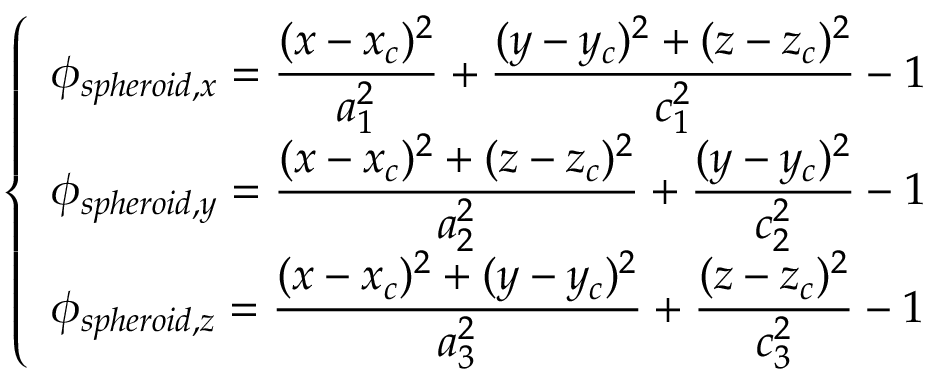
\left\{ \begin{array} { l l } { \displaystyle { \phi _ { s p h e r o i d , x } = \frac { ( x - x _ { c } ) ^ { 2 } } { a _ { 1 } ^ { 2 } } + \frac { ( y - y _ { c } ) ^ { 2 } + ( z - z _ { c } ) ^ { 2 } } { c _ { 1 } ^ { 2 } } - 1 } } \\ { \displaystyle { \phi _ { s p h e r o i d , y } = \frac { ( x - x _ { c } ) ^ { 2 } + ( z - z _ { c } ) ^ { 2 } } { a _ { 2 } ^ { 2 } } + \frac { ( y - y _ { c } ) ^ { 2 } } { c _ { 2 } ^ { 2 } } - 1 } } \\ { \displaystyle { \phi _ { s p h e r o i d , z } = \frac { ( x - x _ { c } ) ^ { 2 } + ( y - y _ { c } ) ^ { 2 } } { a _ { 3 } ^ { 2 } } + \frac { ( z - z _ { c } ) ^ { 2 } } { c _ { 3 } ^ { 2 } } - 1 } } \end{array} \right.